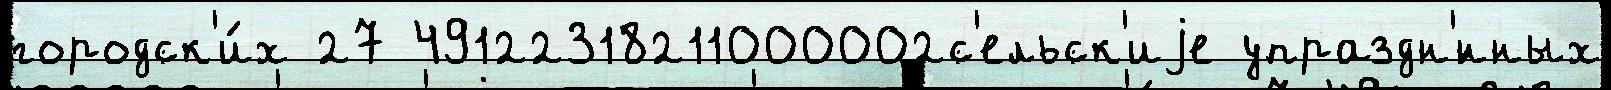
городск'и́х 27 49122318211000002с'ельск'иjе упраздн'́нных